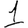
Digit: 1